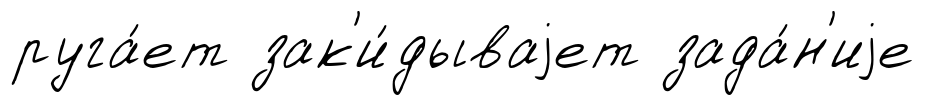
руга́ет зак'и́дываjет зада́н'иjе